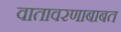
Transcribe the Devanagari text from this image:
वातावरणाबाबत